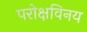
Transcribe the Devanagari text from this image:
परोक्षविनय